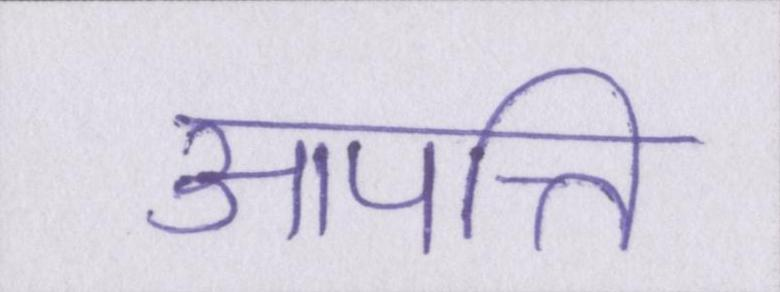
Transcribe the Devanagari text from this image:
आपत्ति